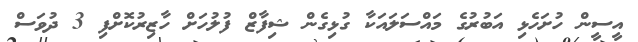
އީސީން ހުށަހެޅި އަބުރުގެ މައްސަލައަކާ ގުޅިގެން ޝިފާޒް ފުލުހަށް ހާޒިރުކޮށްފި 3 ދުވަސް